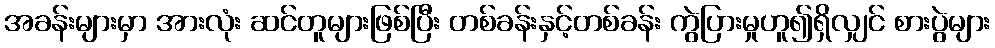
အခန်းများမှာ အားလုံး ဆင်တူများဖြစ်ပြီး တစ်ခန်းနှင့်တစ်ခန်း ကွဲပြားမှုဟူ၍ရှိလျှင် စားပွဲများ